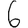
Digit: 6